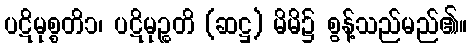
ပဋိမုစ္စတိ၁၊ ပဋိမုဉ္စတိ (ဆဋ္ဌ) မိမိ၌ စွန့်သည်မည်၏။